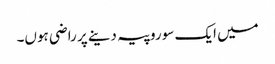
میں ایک سو روپیہ دینے پر راضی ہوں۔